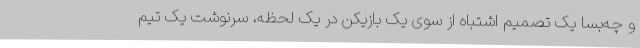
و چه‌بسا یک تصمیم اشتباه از سوی یک بازیکن در یک لحظه، سرنوشت یک تیم